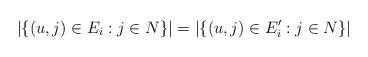
LaTeX: \begin{align*}|\{(u,j)\in E_i:j\in N\}|=|\{(u,j)\in E_i':j\in N\}|\end{align*}